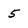
Character: 5